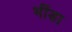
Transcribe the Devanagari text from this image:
भींडा